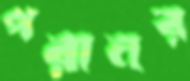
পরানর